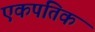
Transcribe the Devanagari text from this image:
एकपतिक